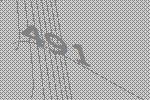
491